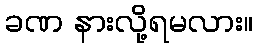
ခဏ နားလို့ရမလား။